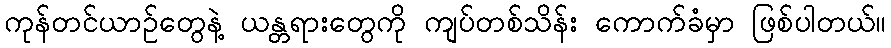
ကုန်တင်ယာဉ်တွေနဲ့ ယန္တရားတွေကို ကျပ်တစ်သိန်း ကောက်ခံမှာ ဖြစ်ပါတယ်။